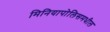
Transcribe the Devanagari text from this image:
मिनियापोलिसमधील